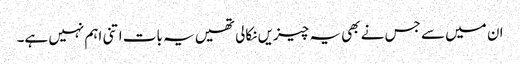
ان میں سے جس نے بھی یہ چیزیں نکالی تھیں یہ بات اتنی اہم نہیں ہے۔